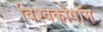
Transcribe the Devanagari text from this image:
विश्वकोषॉम